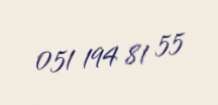
051 194 81 55